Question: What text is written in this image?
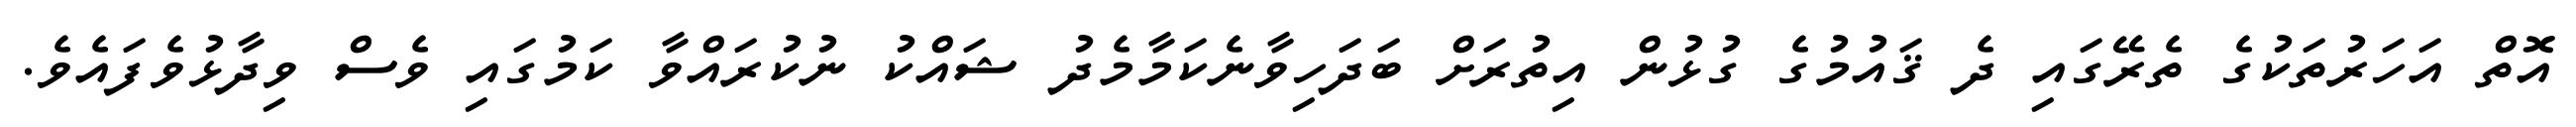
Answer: އޮތް އަހަރުތަކުގެ ތެރޭގައި ދެ ޤައުމުގެ ގުޅުން އިތުރަށް ބަދަހިވާނެކަމާމެދު ޝައްކު ނުކުރައްވާ ކަމުގައި ވެސް ވިދާޅުވެފައެވެ.